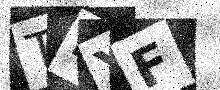
Text: TBYF